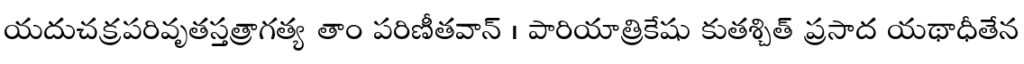
యదుచక్రపరివృతస్తత్రాగత్య తాం పరిణీతవాన్ । పారియాత్రికేషు కుతశ్చిత్ ప్రసాద యథాధీతేన